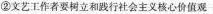
②文艺工作者要树立和践行社会主义核心价值观